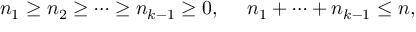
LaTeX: n _ { 1 } \geq n _ { 2 } \geq \cdots \geq n _ { k - 1 } \geq 0 , ~ ~ ~ ~ n _ { 1 } + \cdots + n _ { k - 1 } \leq n ,